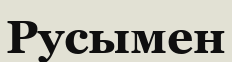
Русымен